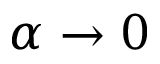
\alpha \to 0